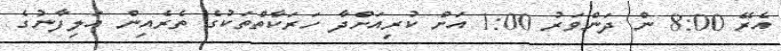
އެރޭ 8:00 ން ދަންވަރު 1:00 އަށް ކުރިއަށްދާ ހަރަކާތްތަކުގެ ތެރެއިން އަލިފާނުގެ